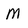
Character: M